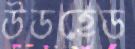
উডহেড